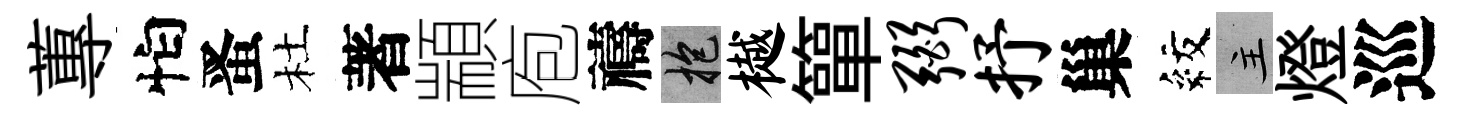
蓴怕󱉠杜著顓庖禱抱樾簞弼抒巢紋主燈巡